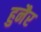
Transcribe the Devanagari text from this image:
हुनैर